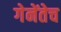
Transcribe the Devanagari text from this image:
गेनेंतेच